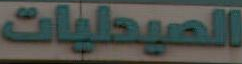
الصيدليات